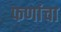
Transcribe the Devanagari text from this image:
फणांचा